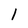
Character: 1